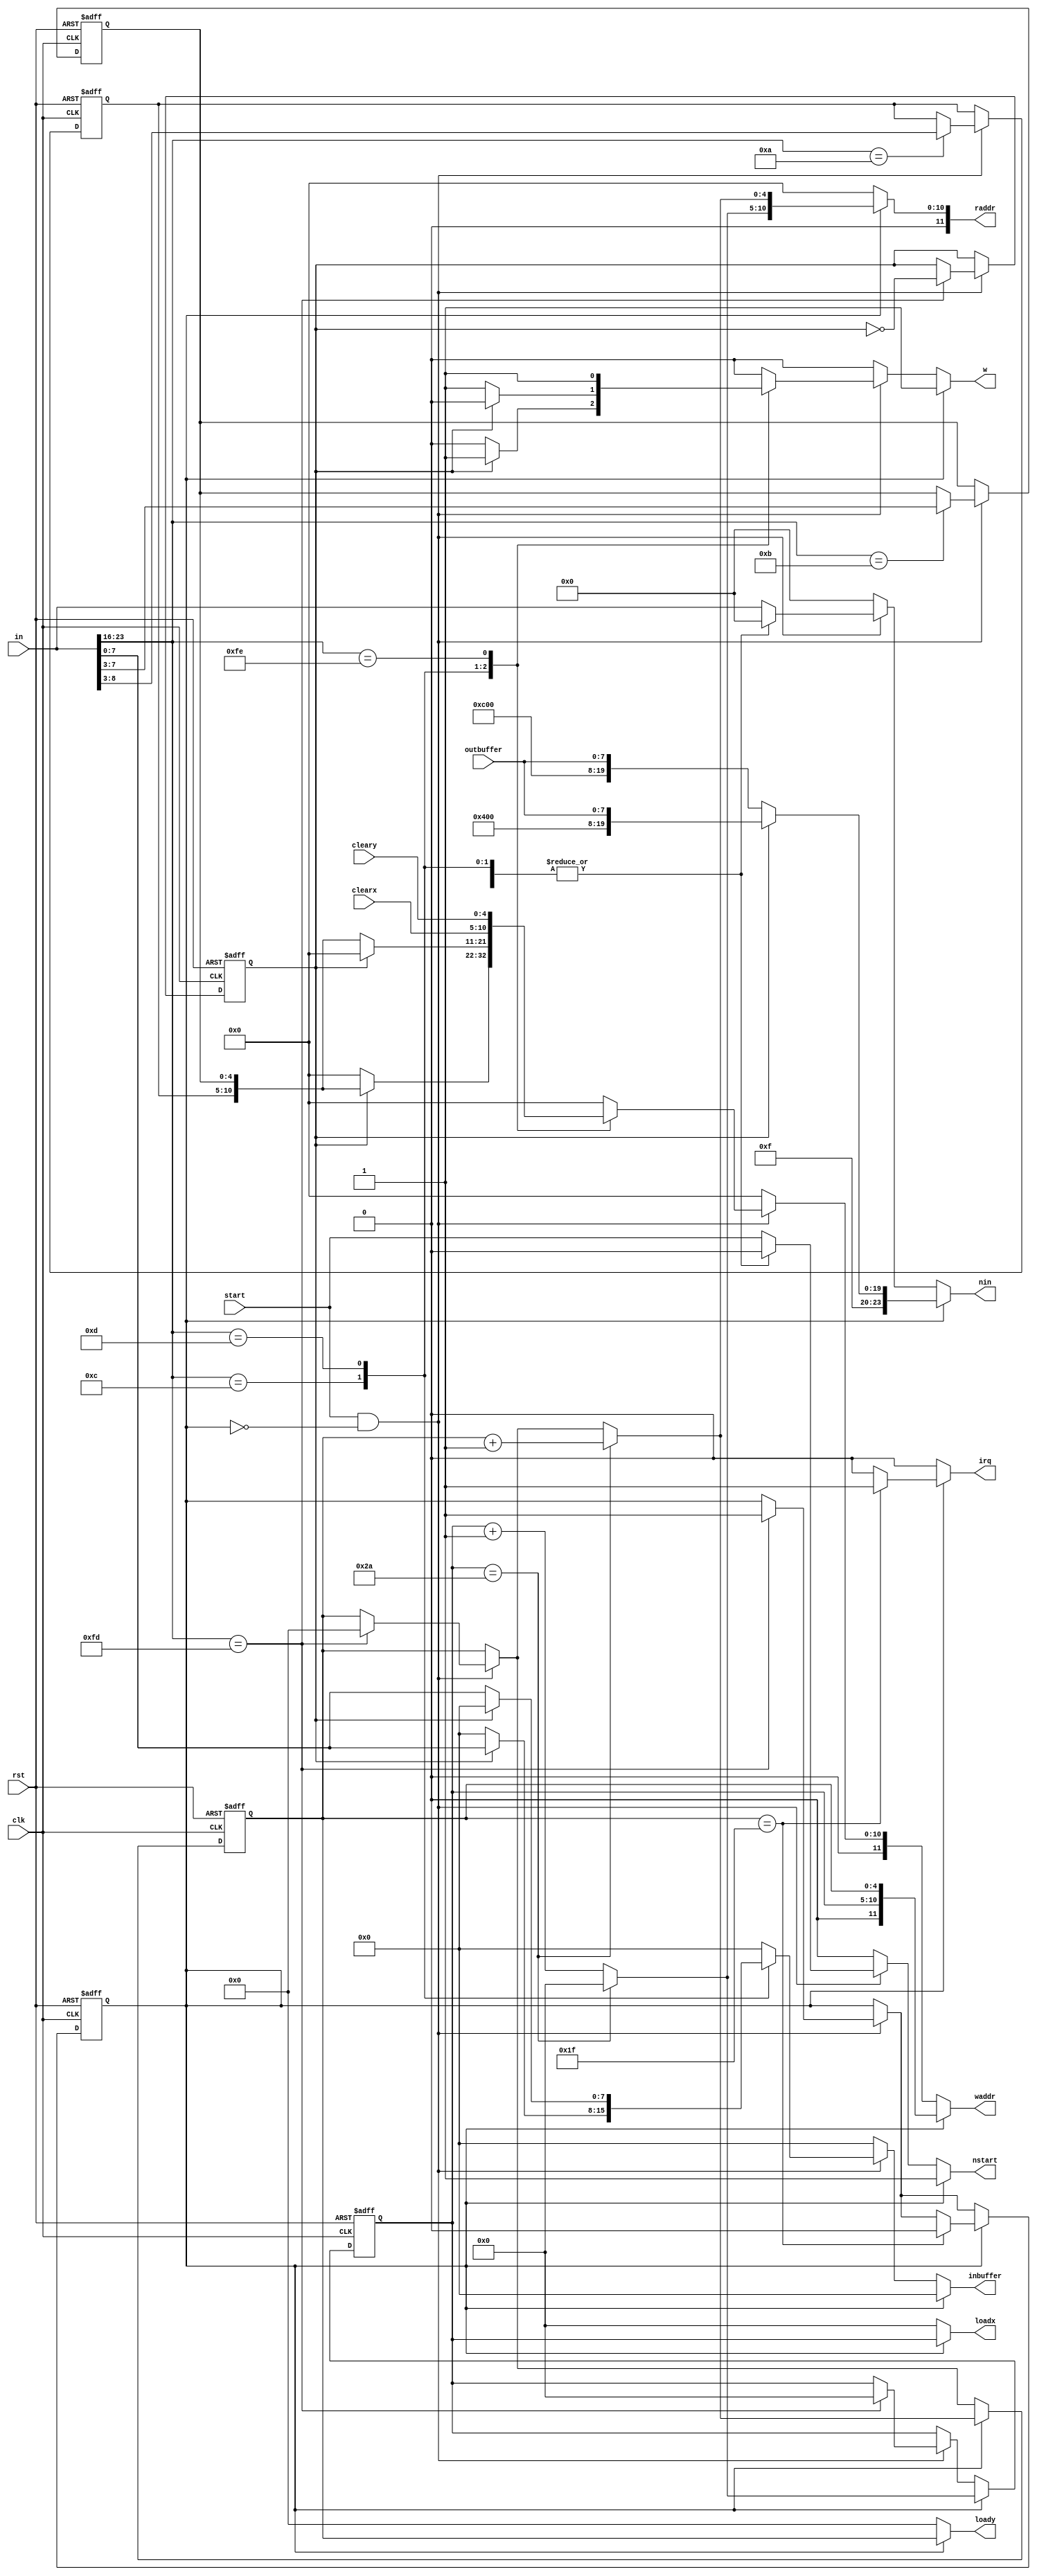

module textBuffer(
	input clk,
	input rst,
	
	input[23:0] in,
	input start,
	
	input[5:0] clearx,
	input[4:0] cleary,
	
	output reg[23:0] nin,
	output reg nstart,
	output reg irq,
	
	output reg[5:0] loadx,
	output reg[4:0] loady,
	
	
	output reg[11:0] waddr,
	output reg w,
	output reg[7:0] inbuffer,
	
	output reg[11:0] raddr,
	input[7:0] outbuffer
);

reg f_comb;
reg comb;

reg[23:0] n_nin;
reg n_nstart;

reg f_block;
reg n_block;

reg[5:0] f_c_x;
reg[4:0] f_c_y;

reg[5:0] n_c_x;
reg[4:0] n_c_y;

reg[5:0] n_mem_x;
reg[4:0] n_mem_y;

reg[5:0] f_mem_x;
reg[4:0] f_mem_y;

always@(posedge clk or posedge rst)begin
	if(rst) f_comb <= 0;
	else f_comb <= comb;
end


always@(posedge clk or posedge rst)begin
	if(rst) f_block <= 0;
	else f_block <= n_block;
end

always@(posedge clk or posedge rst)begin
	if(rst) begin
		f_c_x <= 0;
		f_c_y <= 0;
		end
	else begin
		f_c_x <= n_c_x;
		f_c_y <= n_c_y;
		end
end

always@(posedge clk or posedge rst)begin
	if(rst) begin
		f_mem_x <= 0;
		f_mem_y <= 0;
		end
	else begin
		f_mem_x <= n_mem_x;
		f_mem_y <= n_mem_y;
		end
end

always@(*)begin
	n_block = f_block;
	comb = f_comb;
	
	nin = 0;
	nstart = 0;
	
	n_c_x = f_c_x;
	n_c_y = f_c_y;
		
	n_mem_x = f_mem_x;
	n_mem_y = f_mem_y;
	
	loadx = 0;
	loady = 0;
	
	waddr =0;
	w = 0;
	inbuffer = 0;
	
	raddr = 0;
	
	irq = 0;
	
	if(start && (~f_block))
		case(in[23:16])
			253: begin
				n_block = 1;
				
				comb = ~f_comb;
				
				n_c_x = 0;
				n_c_y = 0;
				
				end
			10: begin
				n_mem_x = in[8:3];
				nin = in;
				nstart = start;
			end
			11: begin
				n_mem_y = in[7:3];
				nin = in;
				nstart = start;
			end
			12: begin
			
				if(f_comb)begin
					waddr = {1'b0,f_mem_x,f_mem_y}; // TEXTURE
					w = 1;
					inbuffer = in[7:0];
				end

			end
			13: begin
			
				if(~f_comb)begin
					waddr = {1'b0,f_mem_x,f_mem_y}; // PALETTE
					w = 1;
					inbuffer = in[7:0];
				end

			end
		
			254: begin
			
				waddr = {1'b0,clearx,cleary};
				w = 1;
				inbuffer = 0;
				
			end
			
			
			default: begin
				nin = in;
				nstart = start;
			end
		endcase
	
	if(f_block)begin
		
		if(f_c_x == 42) begin
			
			n_c_x = 0;
			n_c_y = f_c_y + 1;
			
		end else n_c_x = f_c_x + 1;
		
		if(f_c_y == 31) begin
			n_block = 0;
			irq = 1;
		end
			
		raddr = {1'b0,n_c_x,n_c_y};
		
		
		if(~f_comb) nin = {8'd252,8'd0,outbuffer};
		else nin = {8'd244,8'd0,outbuffer};
		nstart = 1;
			
			waddr = {1'b0,f_c_x,f_c_y}; 
			
			w = 1;
			inbuffer = 0;
					
					
			loadx = f_c_x;
			loady = f_c_y;
	end
	
end

endmodule

module clearer(
	input clk,
	input rst,
	
	input comb,
	
	input[23:0] in,
	input start,
	
	output reg nstart,
	output reg[23:0] nin,
	
	
	output reg[5:0] clearx,
	output reg[4:0] cleary,
	
	output reg irq
);



always@(posedge clk or posedge rst)begin
	
	irq <= 0;
	
	
	clearx <= 0;
	cleary <= 0;
	
	if(rst) begin
		nstart <= 0;
		nin <= 0;

	end else
	begin
		nstart <= start;
		nin <= in;
	end
		
end


endmodule

module bufferTextMem(
	input clk,
	input[11:0] addr,

	input w,
	input[11:0] waddr,
	input[7:0] save,
	
	output reg[7:0] out
);

reg[7:0] memory[4095:0];

always@(posedge clk)begin
	if(w) memory[waddr] <= save;
	
	out <= memory[addr];
end
	

endmodule